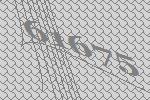
61675